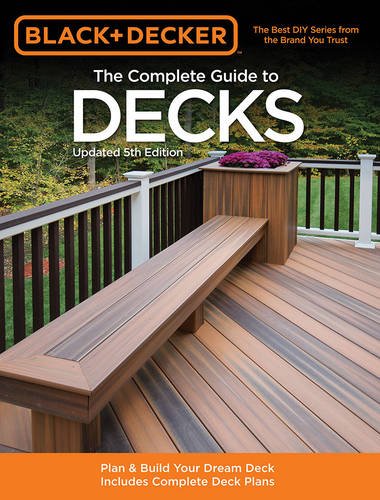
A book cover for Black & Decker The Complete Guide to Decks, Updated 5th Edition: Plan & Build Your Dream Deck  Includes Complete Deck Plans (Black & Decker Complete Guide); Editors of CPi; Crafts, Hobbies & Home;